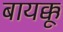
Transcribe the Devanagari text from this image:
बायक्कू